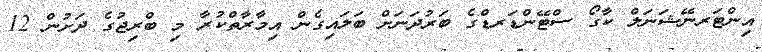
އިންޓަރނޭޝަނަލް ކާގޯ ސްޓޭންޑަރޑްގެ ބަރުދަނަށް ބަލައިގެން އިމާރާތްކުރާ މި ބްރިޖުގެ ދަށުން 12